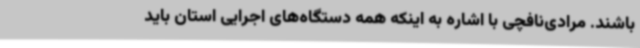
باشند. مرادی‌نافچی با اشاره به اینکه همه دستگاه‌های اجرایی استان باید